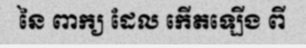
នៃ ពាក្យ ដែល កើតឡើង ពី